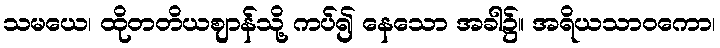
သမယေ၊ ထိုတတိယဈာန်သို့ ကပ်၍ နေသော အခါ၌။ အရိယသာဝကော၊